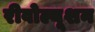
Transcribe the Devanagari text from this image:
रीवोल्यूशन